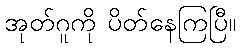
အုတ်ဂူကို ပိတ်နေကြပြီ။